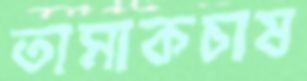
তামাকচাষ